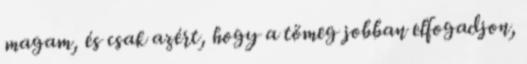
magam, és csak azért, hogy a tömeg jobban elfogadjon,